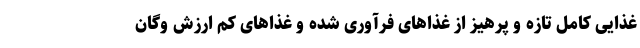
غذایی کامل تازه و پرهیز از غذاهای فرآوری شده و غذاهای کم ارزش وگان